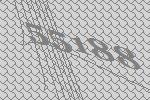
55188